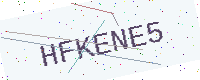
Text: HFKENE5